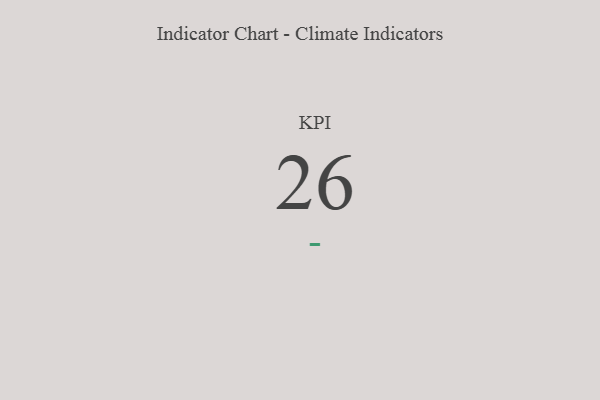
{"axis": {"x": "KPI", "y": "Value"}, "legend": [""], "data": [{"x": "KPI", "y": 26, "type": ""}]}